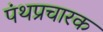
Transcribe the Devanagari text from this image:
पंथप्रचारक